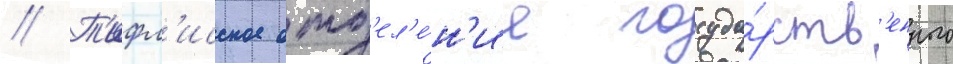
// Т'ифл'исское отд'ел'е́н'ие госуда́рств'енного